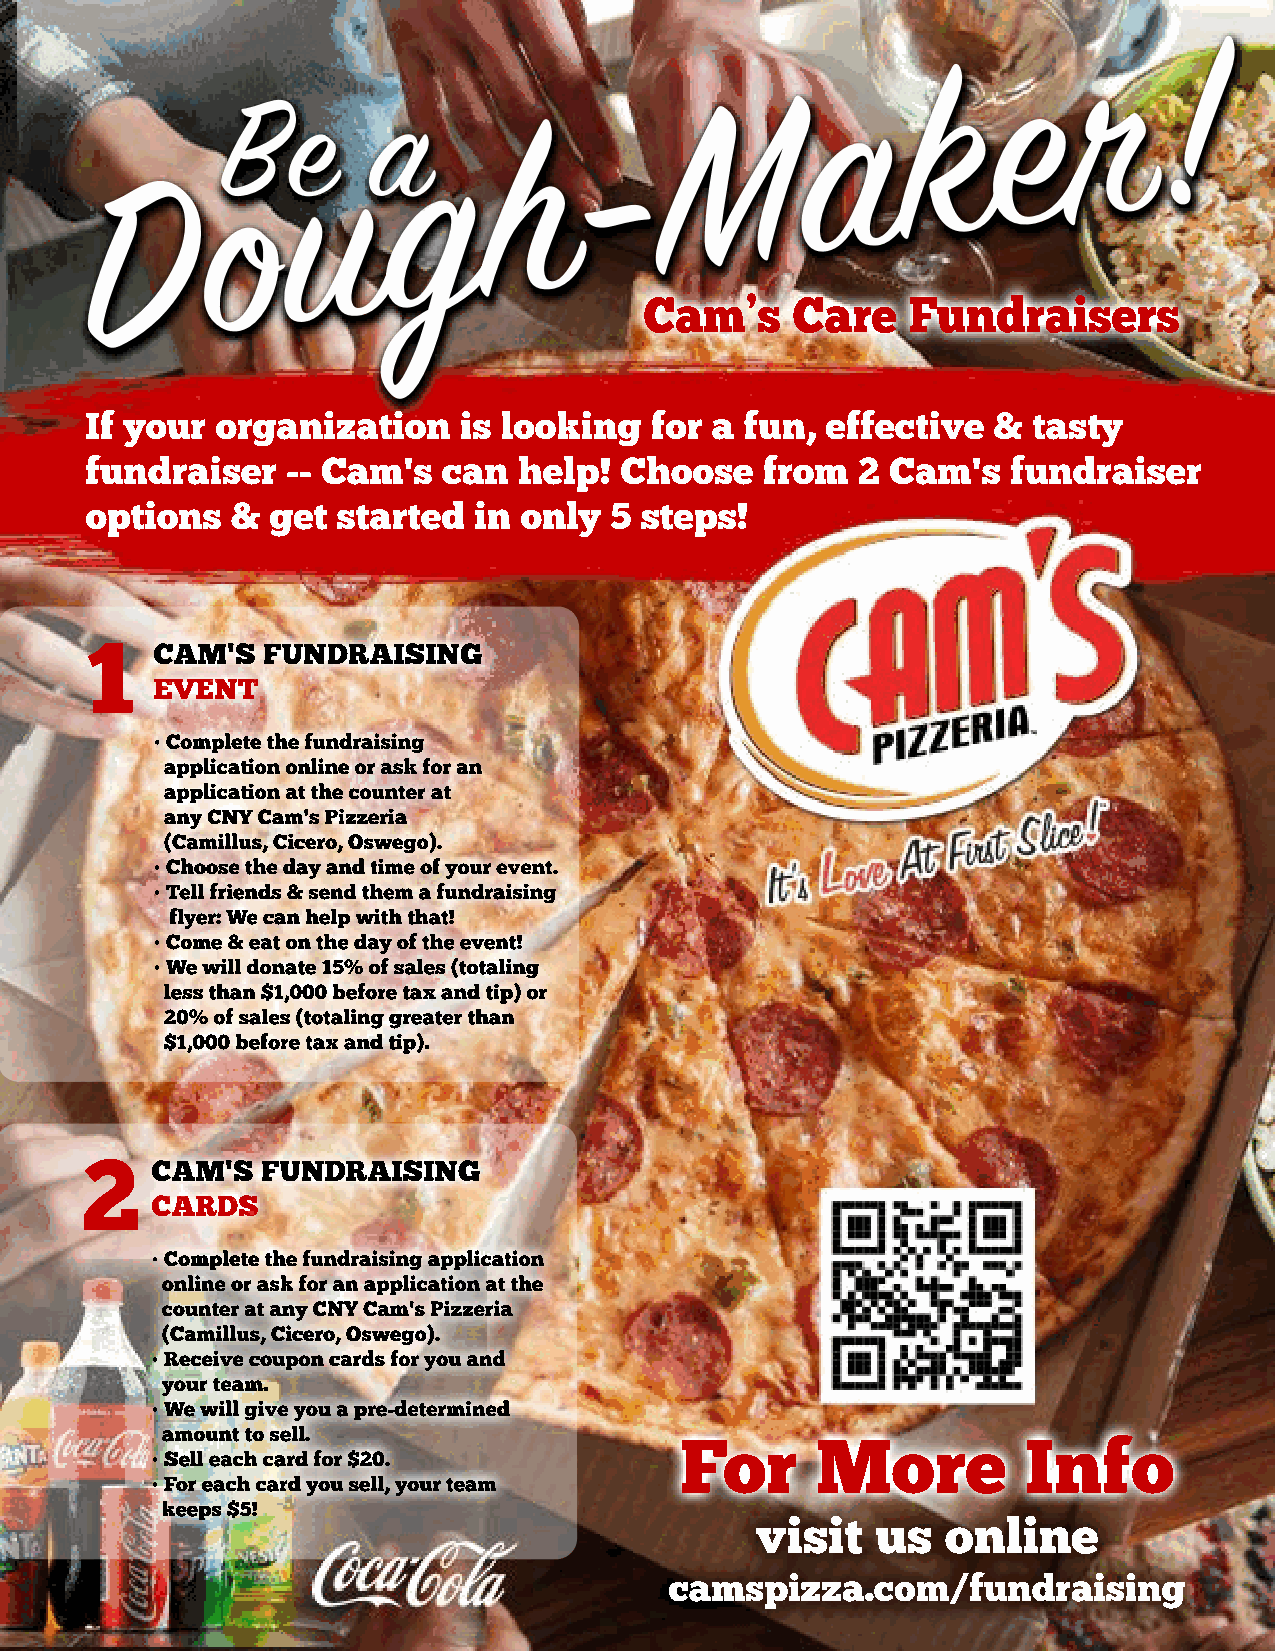
Cam’s    Care    Fundraisers
 If your organization    is looking   for a fun,  effective  & tasty
 fundraiser   -- Cam's  can  help!  Choose    from  2 Cam's   fundraiser
 options  &  get started  in only  5 steps!
 1CAM'S     FUNDRAISING
 EVENT
 • Complete the fundraising
 application online or ask for an
 application at the counter at
 any CNY Cam's Pizzeria
 (Camillus, Cicero, Oswego).
 •• CChhoooossee tthhee ddaayy aanndd ttiimmee ooff yyoouurr eevveenntt..
 • Tell friends & send them a fundraising
 flyer: We can help with that!
 • Come & eat on the day of the event!
 • We will donate 15% of sales (totaling
 less than $1,000 before tax and tip) or
 20% of sales (totaling greater than
 $$11,,000000 bbeeffoorree ttaaxx aanndd ttiipp))..
 2CAM'S      FUNDRAISING
 CARDS
 • Complete the fundraising application
 online or ask for an application at the
 counter at any CNY Cam's Pizzeria
 (Camillus, Cicero, Oswego).
 • Receive coupon cards for you and
 yyoouurr tteeaamm..
 • We will give you a pre-determined
 amount to sell.
 For      More          Info
 • Sell each card for $20.
 • For each card you sell, your team
 keeps $5!
 visit   us   online
 camspizza.com/fundraising